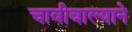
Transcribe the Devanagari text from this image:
चावीवाल्याने